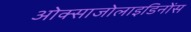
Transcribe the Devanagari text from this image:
ओक्साजोलाइडिनोंस